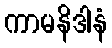
ကာမနိဒါနံ